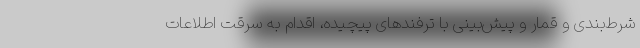
شرط‌بندی و قمار و پیش‌بینی با ترفندهای پیچیده، اقدام به سرقت اطلاعات